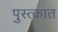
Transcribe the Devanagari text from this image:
पुस्त्कात